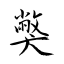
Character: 獘